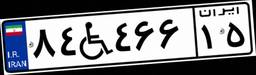
۸۴W۴۶۶۱۵